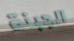
الجبنة